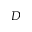
D